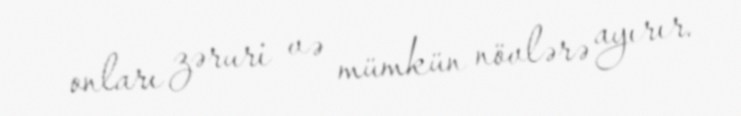
onları zəruri və mümkün növlərə ayırır.